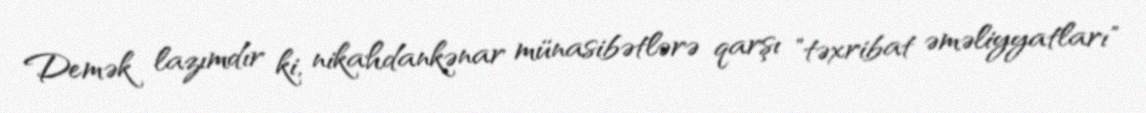
Demək lazımdır ki, nikahdankənar münasibətlərə qarşı "təxribat əməliyyatları"